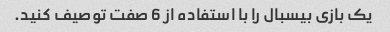
یک بازی بیسبال را با استفاده از 6 صفت توصیف کنید.